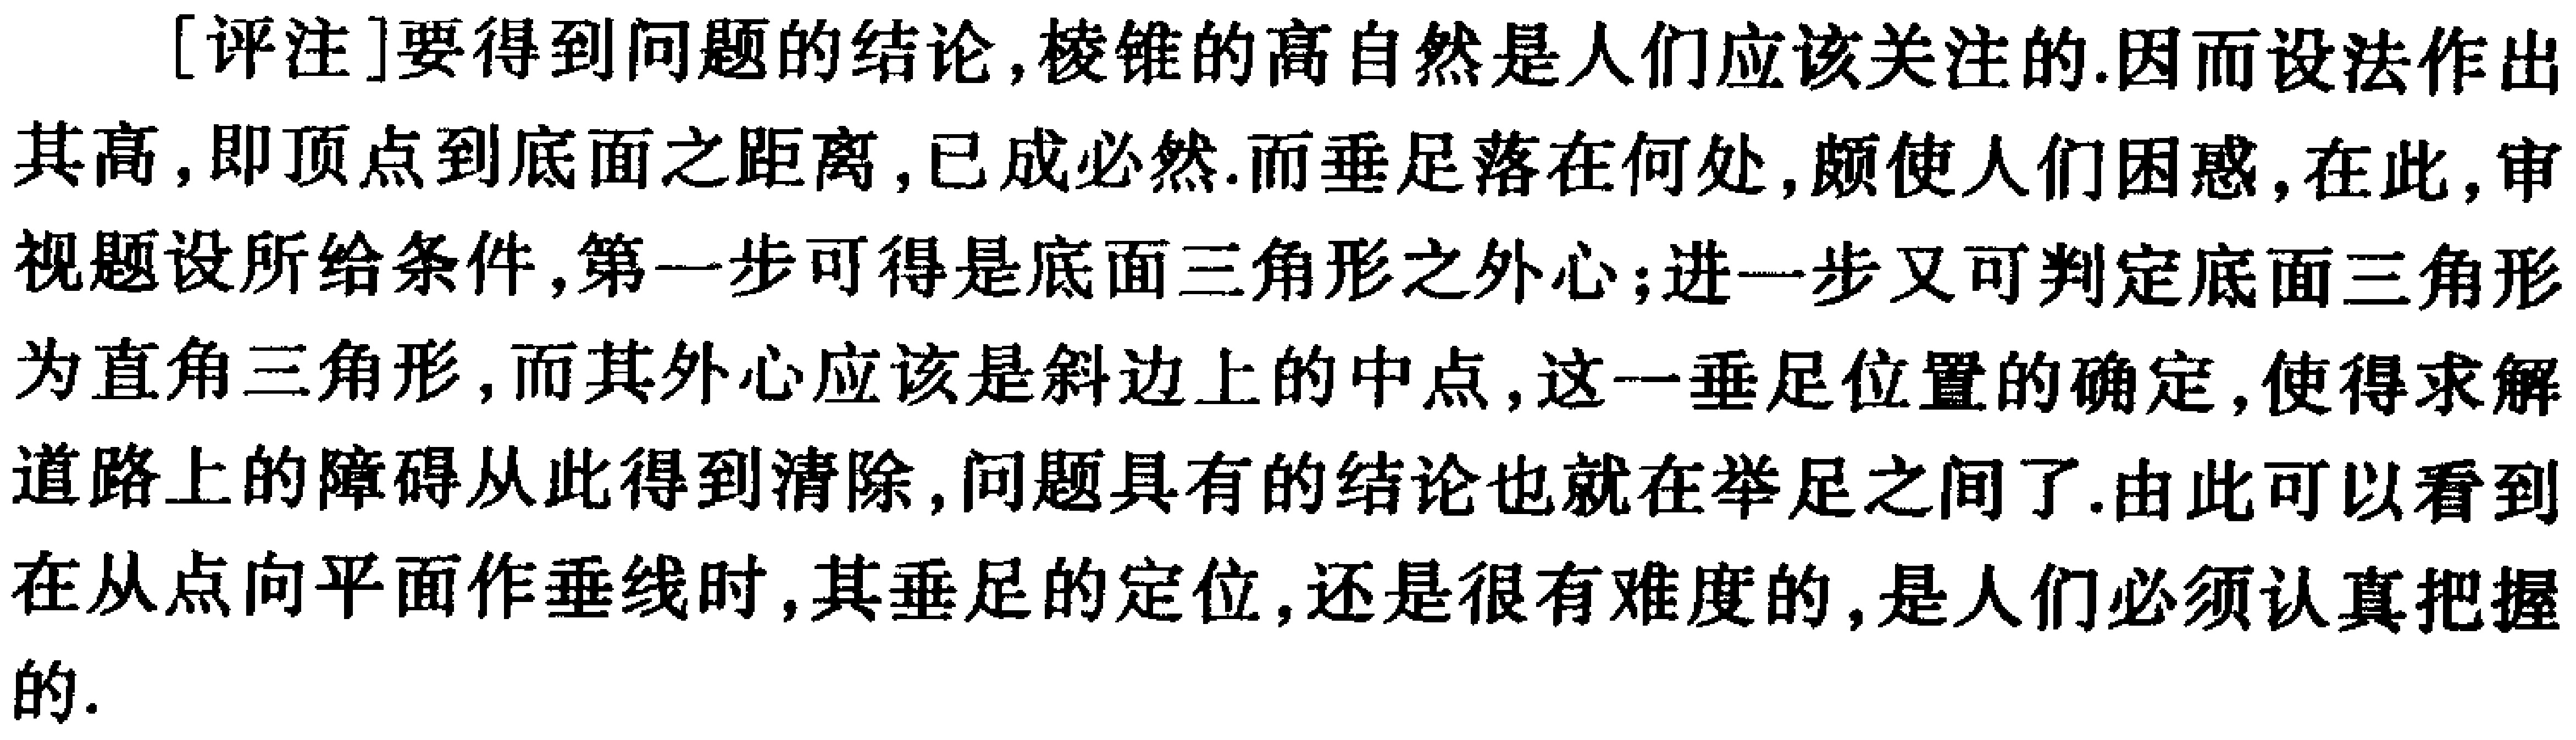
[评注]要得到问题的结论,棱锥的高自然是人们应该关注的.因而设法作出其高,即顶点到底面之距离,已成必然.而垂足落在何处,颇使人们困惑,在此,审视题设所给条件,第一步可得是底面三角形之外心;进一步又可判定底面三角形为直角三角形,而其外心应该是斜边上的中点,这一垂足位置的确定,使得求解道路上的障碍从此得到清除,问题具有的结论也就在举足之间了.由此可以看到在从点向平面作垂线时,其垂足的定位,还是很有难度的,是人们必须认真把握的.